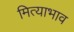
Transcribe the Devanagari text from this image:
मित्याभाव